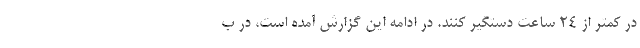
در کمتر از ۲۴ ساعت دستگیر کنند. در ادامه این گزارش آمده است، در ب